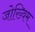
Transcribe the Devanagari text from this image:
जोख्विम